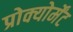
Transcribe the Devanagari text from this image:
प्रोक्योर्मेंट